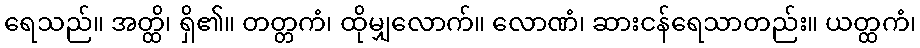
ရေသည်။ အတ္ထိ၊ ရှိ၏။ တတ္တကံ၊ ထိုမျှလောက်။ လောဏံ၊ ဆားငန်ရေသာတည်း။ ယတ္ထကံ၊